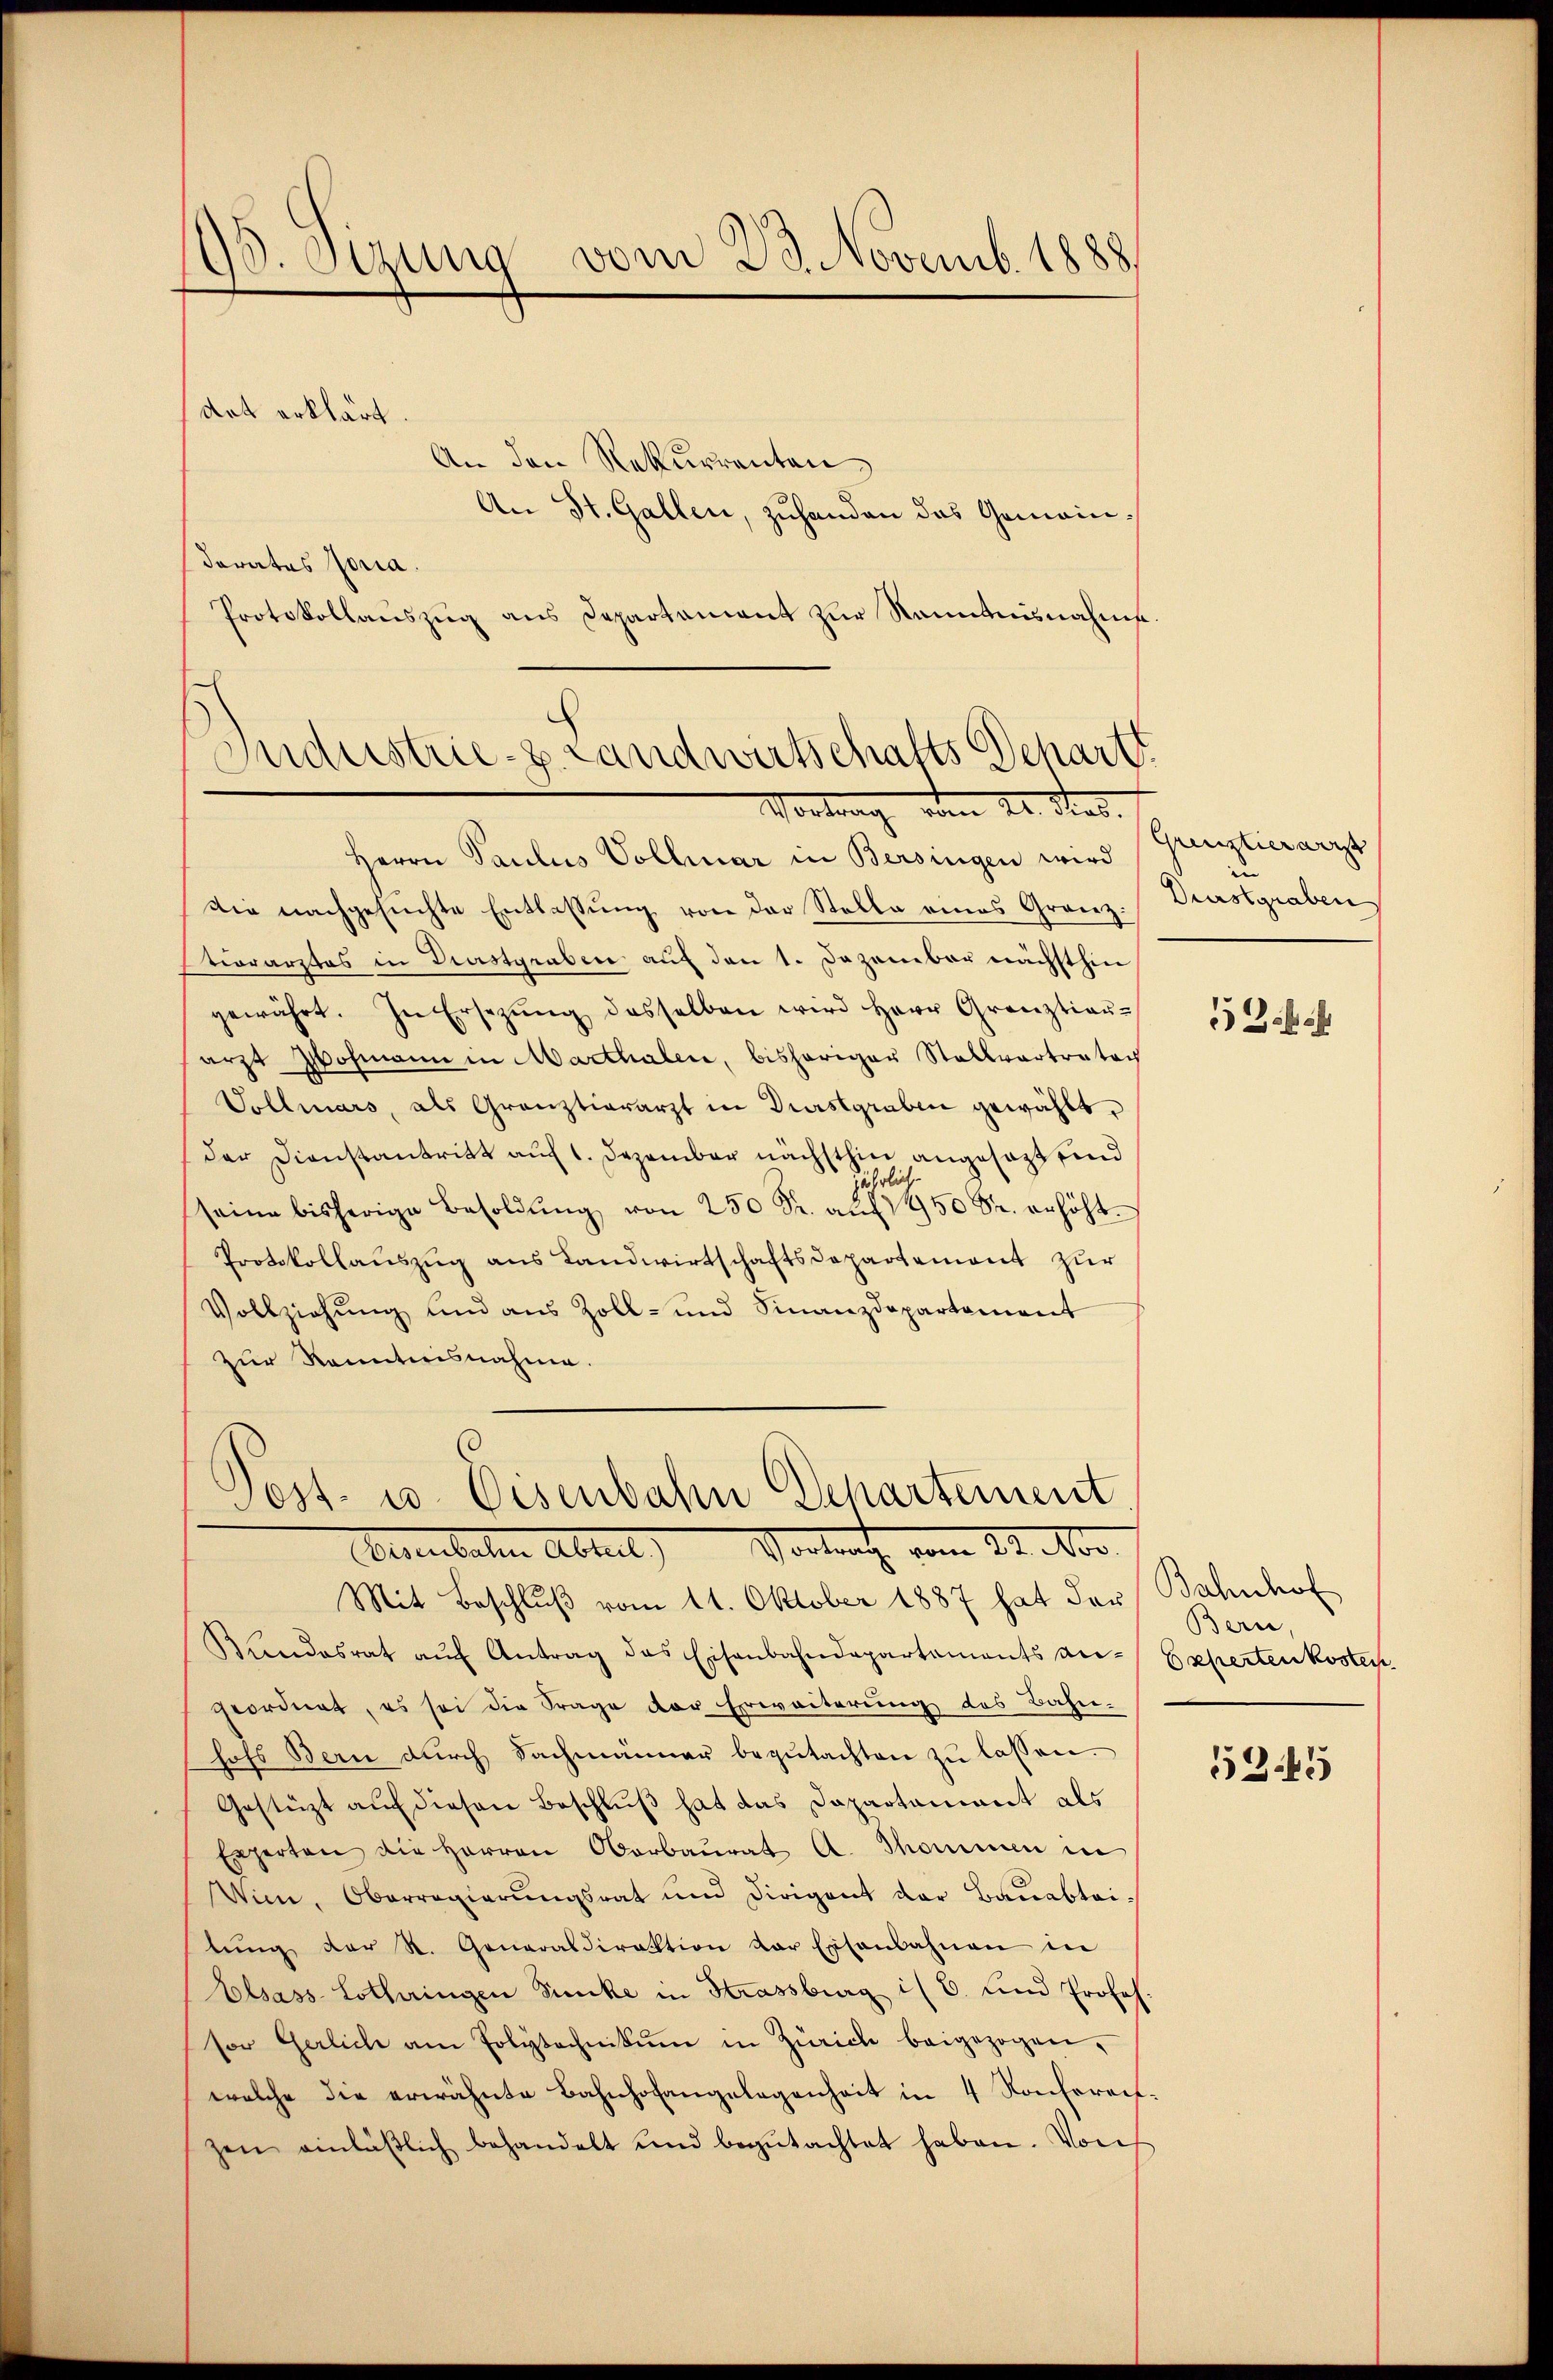
95. Sezung vom 23. Novemb. 1888

dat erklärt.

An den Rekurrenten
An St. Gallen, zuhanden das Gemeindarates Joria.
Protokollauszug aus Departament zur Kenntnisnahme.
Industrie-S. Landwirtschafts Depart

Vortrag vom 21. dies.
Herrn Paulus Vollmar in Bersingen wird
Die nachgesŭchte Entlassŭng von der Stelle eines Granz:
stierarztes in Drastgraben auf den 1. Dezember nächsthin
gewährt. In Ersezung desselben wird Herr Grenztiaŭ-
arzt Hofmann in Marthalen, bisheriger Stallvertratoch
Vobliuars, als Granztierarzt in Diaslgraben gewählt,
der Dienstantritt auf 1. Dezember nächsthin angesagt sind
seine bisherige Besoldŭng von 250 Fr. auf 1950 Fr. erhöht.
Protokollaŭszŭg ans Landwirtschaftsdepartement zur
Vollziehung und aus Zoll- und Finanzdepartement
zur Kenntnisnahme.
)
Sost- u. Eisenbahn Departement
Eisenbahn Abteil) Vortrath vom 22. Nor
Mit Beschluß vom 11. Oktober 1887 hat der Bahnhof
Bundesrat aŭf Antrag das Eisenbahndepartaments an-
geordnet, es sei die Frage der Erweiterung des Bahnhofs Bern dŭrch Fachmänner begŭtachten zŭ lassen.
Gestützt aŭf diesen Beschlŭβ hat das Dapartamant als
Experten die Herren Oberbaurat A. Thommen in
Wim, Oberregierungsrat und Dirigent der Bauabtei-
tŭng der R. Generaldirektion der Eisenbahnen in
Elsass-Lothringen Sinke in Strassburg i/ 6. und Profes.
sor Gerlich am Polytechnikum in Zürich beigezogen,
welche die erwähnte Bahnhofangelegenheit in 4 Konfereit
zen einläβlich behandelt und begŭtachtet haben. Von

Grenztierarzt
Durstgraben

5Zich

Bern,
Escherten kosten

534